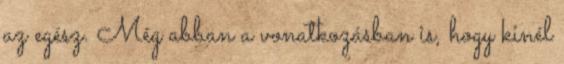
az egész. Még abban a vonatkozásban is, hogy kinél